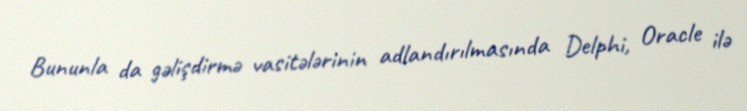
Bununla da gəlişdirmə vasitələrinin adlandırılmasında Delphi, Oracle ilə